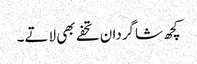
کچھ شاگردان تحفے بھی لاتے۔